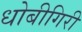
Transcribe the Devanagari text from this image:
धोबीगिरी